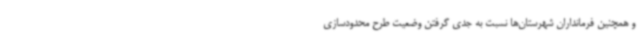
و همچنین فرمانداران شهرستان‌ها نسبت به جدی گرفتن وضعیت طرح محدودسازی